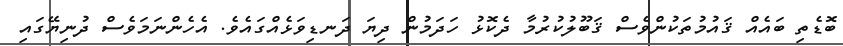
ބޮޑެތި ބައެއް ޤައުމުތަކުންވެސް ޤަބޫލުކުރުމާ ދެކޮޅު ހަދަމުން ދިޔަ ދަނޑިވަޅެއްގައެވެ. އެހެންނަމަވެސް ދުނިޔޭގައި